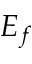
E _ { f }